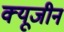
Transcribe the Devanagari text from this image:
क्यूजीन